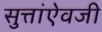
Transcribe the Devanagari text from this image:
सुत्तांऐवजी